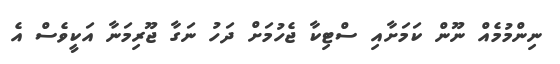
ނިންމުމެއް ނޫން ކަމަށާއި ސްޓިކާ ޖެހުމަށް ދަހު ނަގާ ޖޫރިމަނާ އަކީވެސް އެ